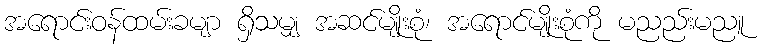
အရောင်းဝန်ထမ်းခမျာ ရှိသမျှ အဆင်မျိုးစုံ၊ အရောင်မျိုးစုံကို မညည်းမညူ